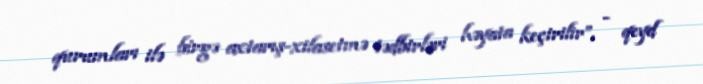
qurumları ilə birgə axtarış-xilasetmə tədbirləri həyata keçirilir”, - qeyd